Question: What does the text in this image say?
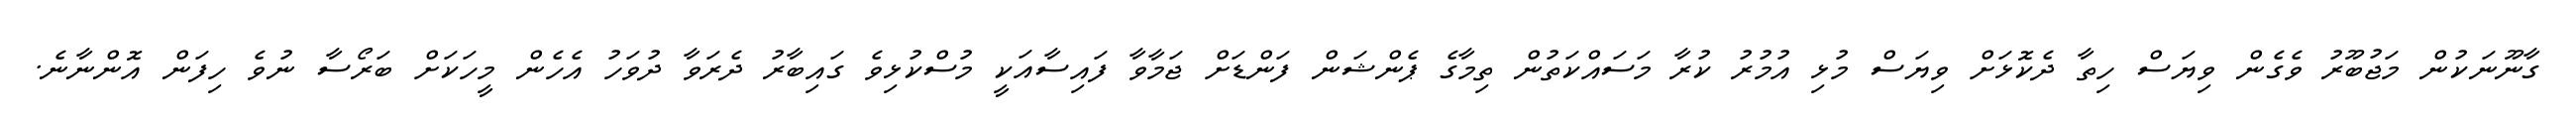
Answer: ގާނޫނަކުން މަޖުބޫރު ވެގެން ވިޔަސް ހިތާ ދެކޮޅަށް ވިޔަސް މުޅި އުމުރު ކުރާ މަސައްކަތުން ތިމާގެ ޕެންޝަން ފަންޑަށް ޖަމާވާ ފައިސާއަކީ މުސްކުޅިވެ ގައިބާރު ދެރަވާ ދުވަހު އެހެން މީހަކަށް ބަރޯސާ ނުވެ ހިފަން އޮންނާނެ.